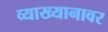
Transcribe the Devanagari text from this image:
व्याख्यानावर